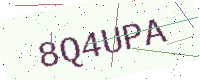
Text: 8Q4UPA